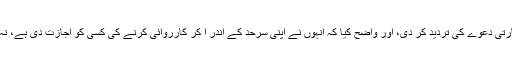
میانمار کی حکومت اور فوجی حکام نے بھارتی دعوے کی تردید کر دی، اور واضح کیا کہ انہوں نے اپنی سرحد کے اندر آ کر کارروائی کرنے کی کسی کو اجازت دی ہے، نہ ہی کوئی ایسی کارروائی عمل میں آئی ہے۔